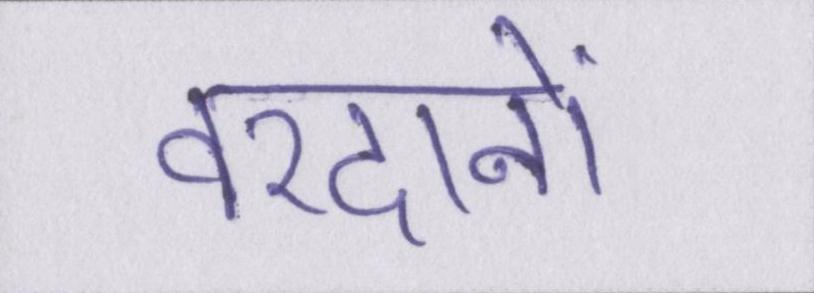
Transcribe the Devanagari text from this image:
वरदानों